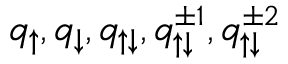
q _ { \uparrow } , q _ { \downarrow } , q _ { \uparrow \downarrow } , q _ { \uparrow \downarrow } ^ { \pm 1 } , q _ { \uparrow \downarrow } ^ { \pm 2 }